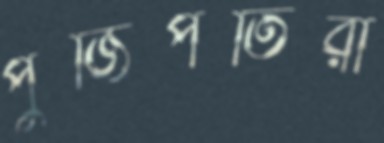
পুঁজিপতিরা